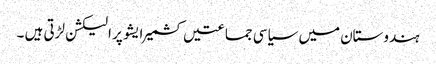
ہندوستان میں سیاسی جماعتیں کشمیر ایشو پر الیکشن لڑتی ہیں ۔